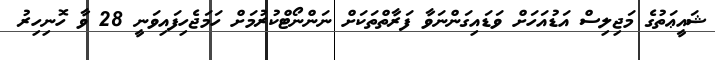
ޝައީޢަތުގެ މަޖިލިސް އަޑުއަހަށް ވަޑައިގަންނަވާ ފަރާތްތަކަށް ނަންނޯޓްކުރުމަށް ހަމަޖެހިފައިވަނީ 28 ވާ ހޮނިހިރު